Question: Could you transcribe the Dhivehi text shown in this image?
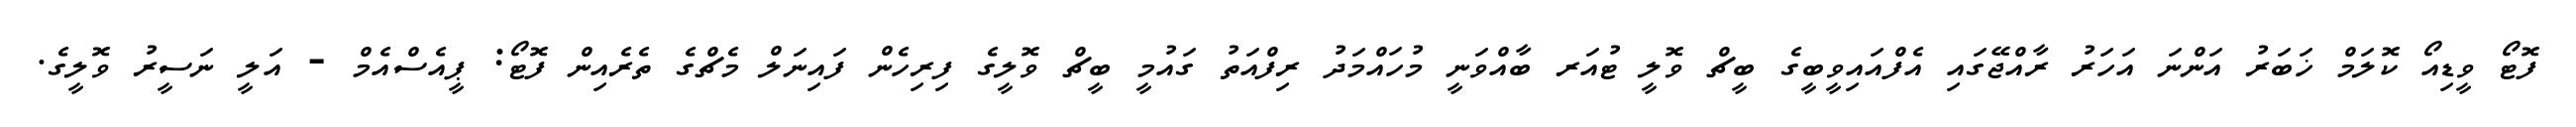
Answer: ފޮޓޯ ވީޑިއޯ ކޮލަމް ޚަބަރު އަންނަ އަހަރު ރާއްޖޭގައި އެފްއައިވީބީގެ ބީޗް ވޮލީ ޓުއަރ ބާއްވަނީ މުހައްމަދު ރިފްއަތު ގައުމީ ބީޗް ވޮލީގެ ފިރިހެން ފައިނަލް މެޗްގެ ތެރެއިން ފޮޓޯ: ޕީއެސްއެމް - އަލީ ނަސީރު ވޮލީގެ.